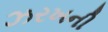
ઝરખની